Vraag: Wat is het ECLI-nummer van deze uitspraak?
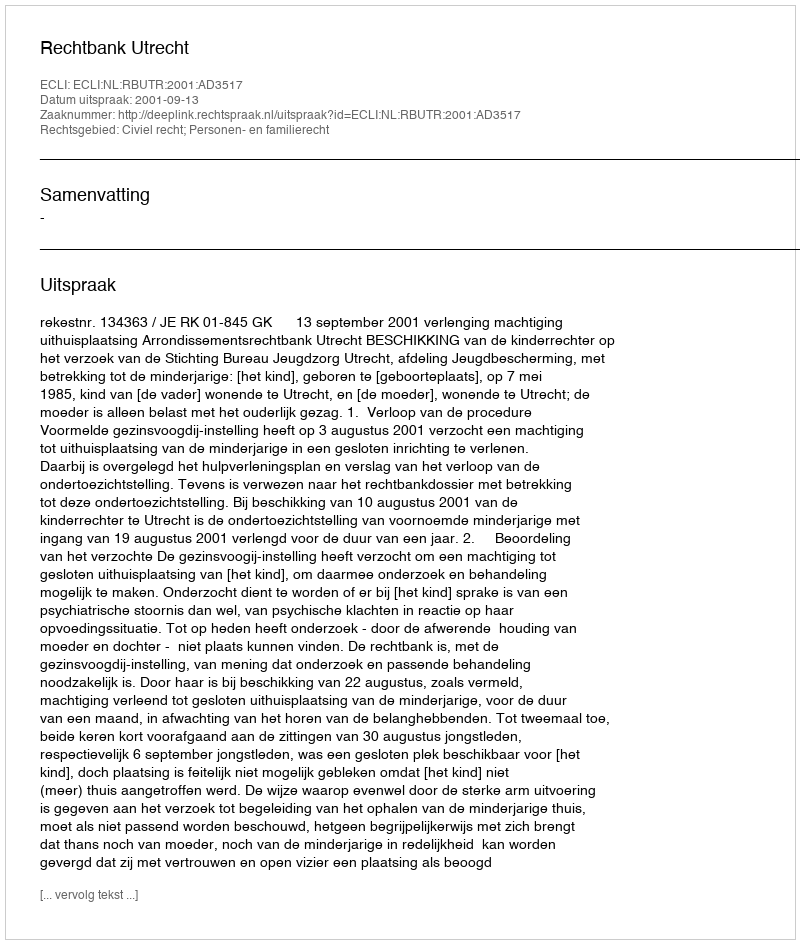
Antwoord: ECLI:NL:RBUTR:2001:AD3517